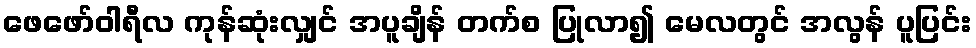
ဖေဖော်ဝါရီလ ကုန်ဆုံးလျှင် အပူချိန် တက်စ ပြုလာ၍ မေလတွင် အလွန် ပူပြင်း